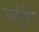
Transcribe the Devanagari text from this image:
चर्कृति